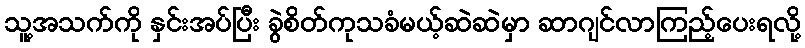
သူ့အသက်ကို နှင်းအပ်ပြီး ခွဲစိတ်ကုသခံမယ့်ဆဲဆဲမှာ ဆာဂျင်လာကြည့်ပေးရလို့